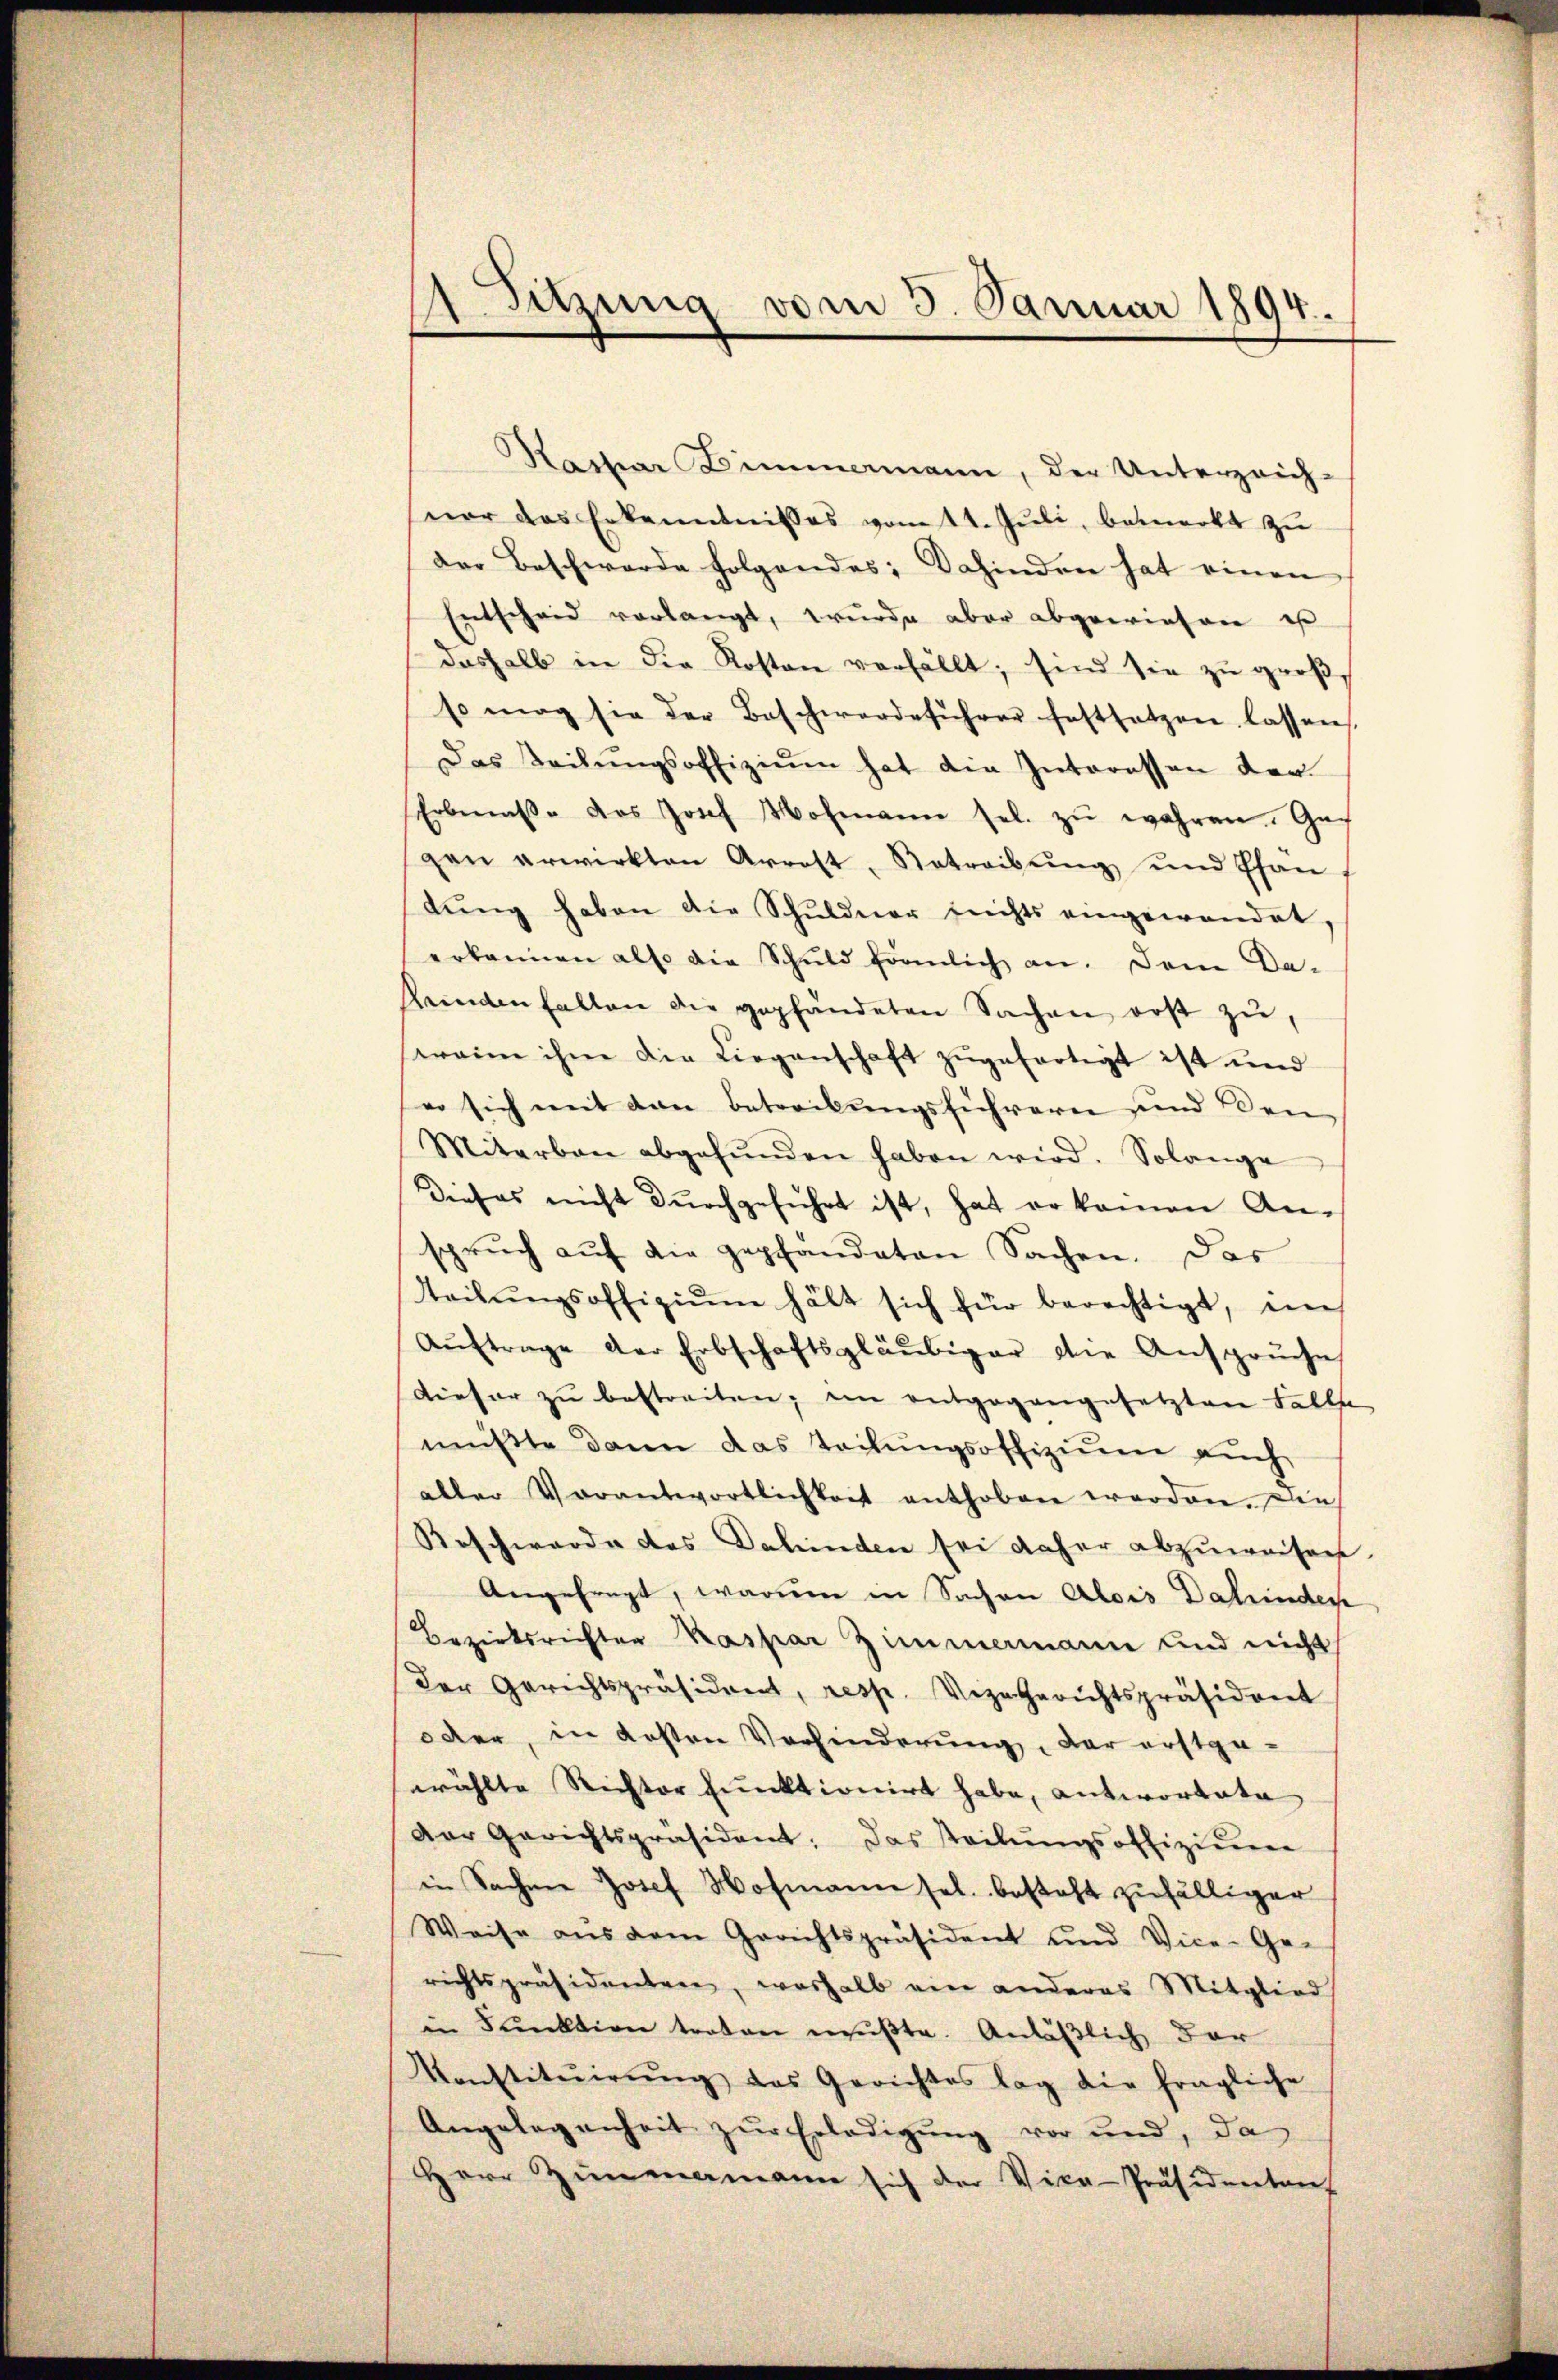
Sitzung vom 3. Januar 1894.

Rastiar Zimmermann, der Unterzeich-
ner das Erkenntnisses vom 14. Juli, bemerkt zu
der Beschwerde folgendes; dahinden hat einen
Entscheid vorlangt, wurde aber abgewiesen ist
deshalb in die Roston verfällt; sind sie zu großso mag sie der Beschwerdeführer festsetzen lassen
Das Teilŭngsoffiziŭm hat die Interessen der
Erbenaβe des Josef Hofmann sel. zŭ wahren. Ga
gen erwirkten Arrest-Betreibŭng und Phan
lŭng haben die Schŭlderer sichts eingewendet,
erkannen also die Schŭld förmlich an. Dem Da-
Feindenfallen die gepfändeten Sachen erst zŭ,
serain ihm die Liegenschaft zugefertigt ist und
eo sich mit den Betreibungsführeren und den-
Miterbau abgefŭnden haben wird. Solange
Dieses nicht dŭrchgeführt ist, hat er keinen An-
spruch auf die gepfandaten Sachen. Das
teitŭngsoffiziŭm hält sich für berechtigt, ein
Aŭftrage der Erbschaftsgläubiger die Ansprŭche
Dieser zu bestreiten, im entgegangesetzten Falle
müßte dann das Teilungsoffizium auch
aller Vorantwortlichkeit enthoben worden. Die
Beschwerde des Dahinden sei daher abzuweisen.
Angefragt, warum in Sachen Alois Dahinder
Bezirksrichter Kaspar Zimmemann und nicht
der Gerichtspräsident, resp. Vizegerichtspräsident
oder, in Kosten Verhinderung, der erstge-
wählte Richter Funktionirt habe, antwortete
Der Gerichtspräsident. Das steilŭngsoffizier
in Sachen Josef Hofmann sel. besteht zufälliger
Weise aŭs dem Gerichtspräsident und Vice- Ge-
richtspräsidenten, weshalb ein anderes Mitglied
in Funktion troten mußte. Anläßlich dar
Konstitŭirŭng das Gerichtes lag die fragliche
Angelegenheit zur Erledigung vor und, da
Herr Zimmamann sich der Vice-Präsidenten